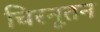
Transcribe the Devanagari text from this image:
चिरनूतन